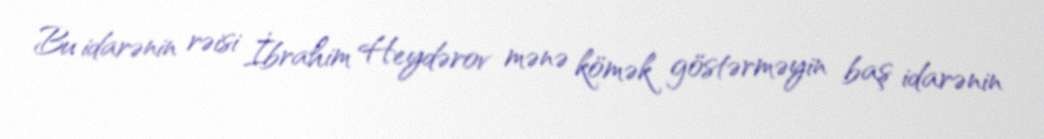
Bu idarənin rəisi İbrahim Heydərov mənə kömək göstərməyin baş idarənin